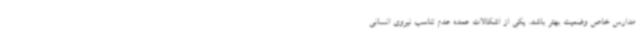
مدارس خاص وضعیت بهتر باشد. یکی از اشکالات عمده عدم تناسب نیروی انسانی